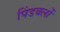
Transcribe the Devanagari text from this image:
पिंडबलों